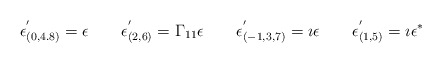
\begin{align*}\epsilon_{(0,4.8)} ^{'} = \epsilon \qquad\epsilon_{(2,6)} ^{'} = \Gamma_{11} \epsilon\qquad\epsilon_{(-1,3,7)} ^{'} = \imath \epsilon\qquad\epsilon_{(1,5)} ^{'} = \imath \epsilon^{\ast}\end{align*}